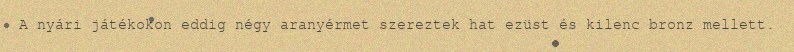
A nyári játékokon eddig négy aranyérmet szereztek hat ezüst és kilenc bronz mellett.